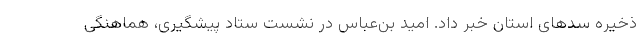
ذخیره سدهای استان خبر داد. امید بن‌عباس در نشست ستاد پیشگیری، هماهنگی